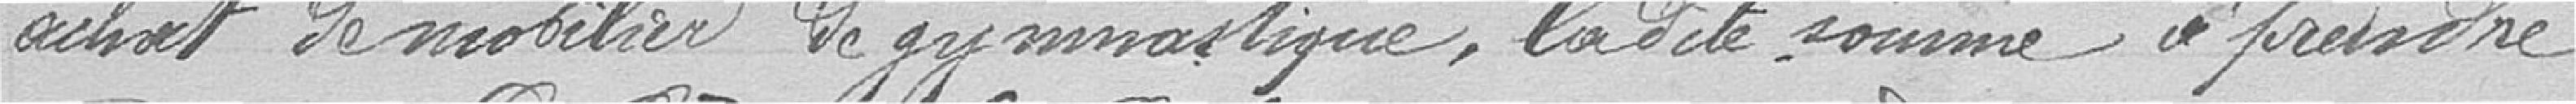
achat de mobilier de gymnastique, la dite somme à prendre